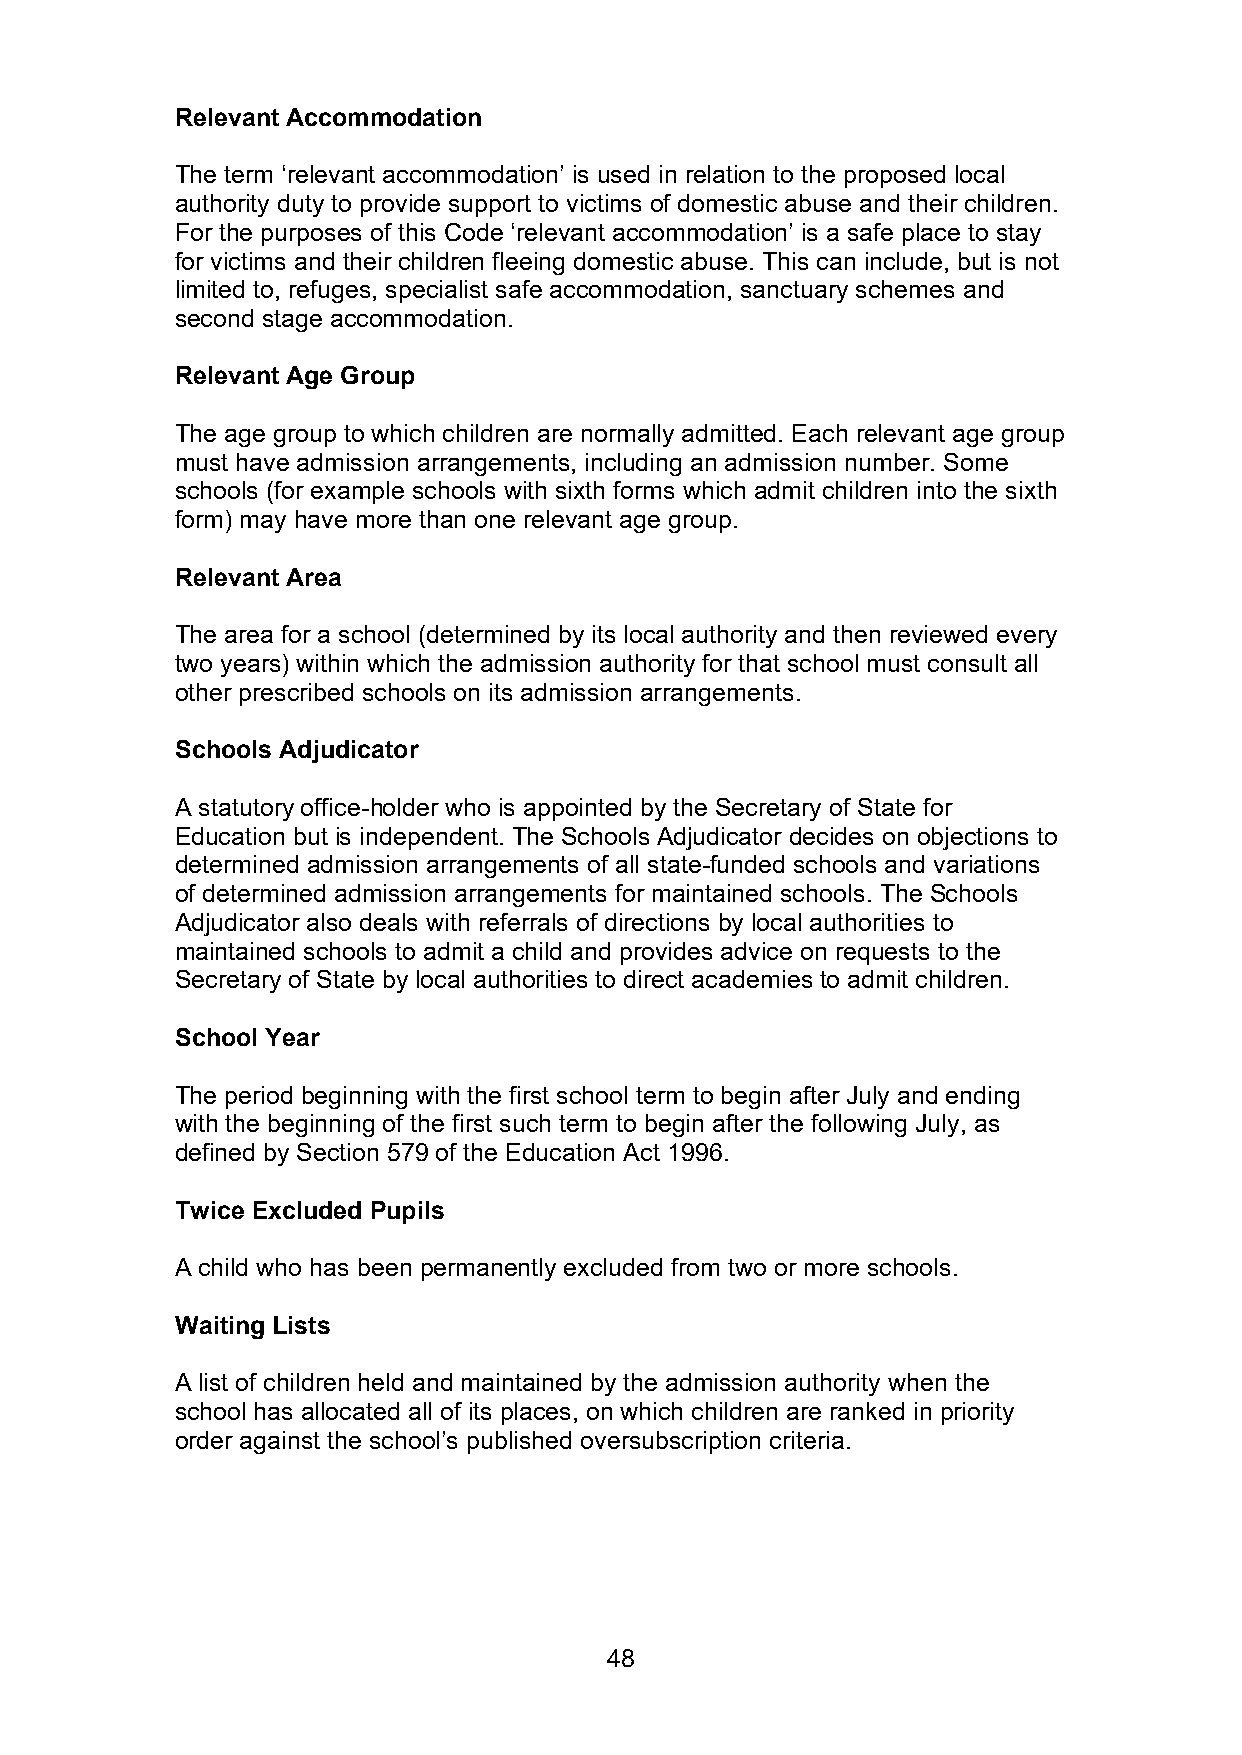
Relevant Accommodation
 The term ‘relevant accommodation’ is used in relation to the proposed local
 authority duty to provide support to victims of domestic abuse and their children.
 For the purposes of this Code ‘relevant accommodation’ is a safe place to stay
 for victims and their children fleeing domestic abuse. This can include, but is not
 limited to, refuges, specialist safe accommodation, sanctuary schemes and
 second stage accommodation.
 Relevant Age Group
 The age group to which children are normally admitted. Each relevant age group
 must have admission arrangements, including an admission number. Some
 schools (for example schools with sixth forms which admit children into the sixth
 form) may have more than one relevant age group.
 Relevant Area
 The area for a school (determined by its local authority and then reviewed every
 two years) within which the admission authority for that school must consult all
 other prescribed schools on its admission arrangements.
 Schools Adjudicator
 A statutory office-holder who is appointed by the Secretary of State for
 Education but is independent. The Schools Adjudicator decides on objections to
 determined admission arrangements of all state-funded schools and variations
 of determined admission arrangements for maintained schools. The Schools
 Adjudicator also deals with referrals of directions by local authorities to
 maintained schools to admit a child and provides advice on requests to the
 Secretary of State by local authorities to direct academies to admit children.
 School Year
 The period beginning with the first school term to begin after July and ending
 with the beginning of the first such term to begin after the following July, as
 defined by Section 579 of the Education Act 1996.
 Twice Excluded Pupils
 A child who has been permanently excluded from two or more schools.
 Waiting Lists
 A list of children held and maintained by the admission authority when the
 school has allocated all of its places, on which children are ranked in priority
 order against the school’s published oversubscription criteria.
 48